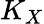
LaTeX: K_{X}